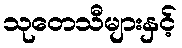
သုတေသီများနှင့်